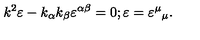
k ^ { 2 } \varepsilon - k _ { \alpha } k _ { \beta } \varepsilon ^ { \alpha \beta } = 0 ; \varepsilon = { \varepsilon ^ { \mu } } _ { \mu } .